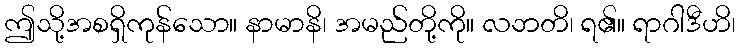
ဤသို့အစရှိကုန်သော။ နာမာနိ၊ အမည်တို့ကို။ လဘတိ၊ ရ၏။ ရာဂါဒီဟိ၊